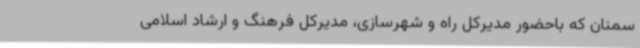
سمنان که باحضور مدیرکل راه و شهرسازی، مدیرکل فرهنگ و ارشاد اسلامی